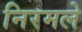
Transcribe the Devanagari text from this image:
निरमले